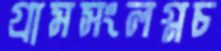
গ্রামসংলগ্নচ